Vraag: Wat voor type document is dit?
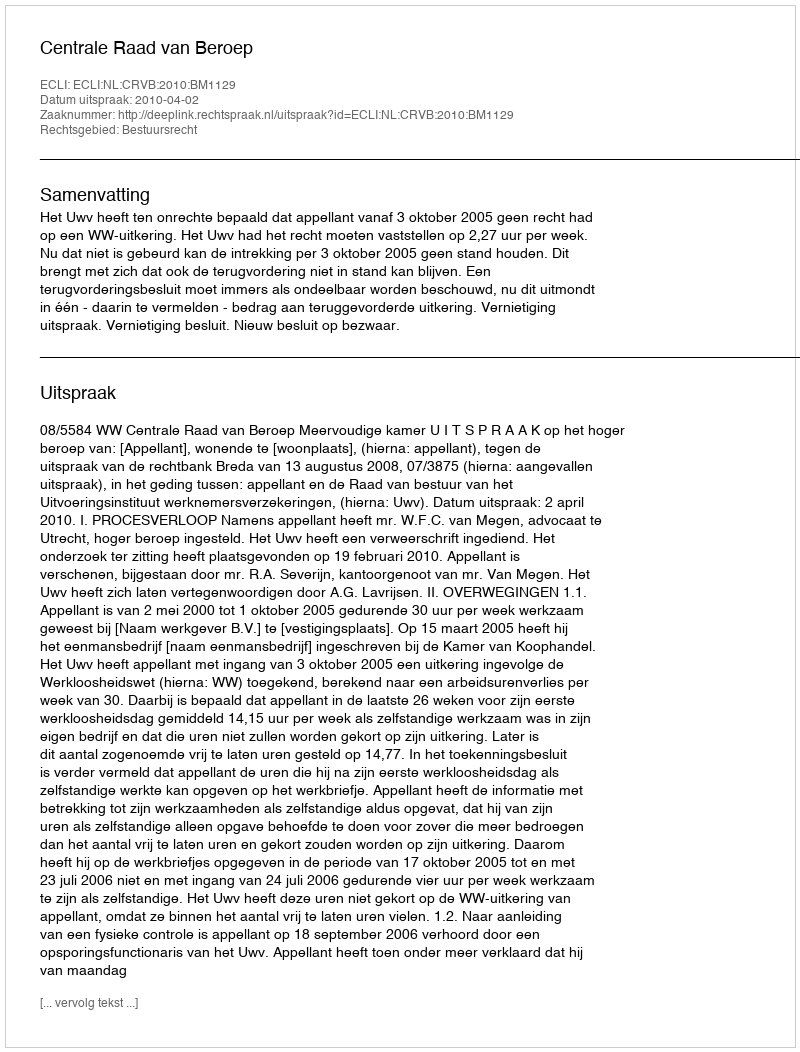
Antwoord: Uitspraak